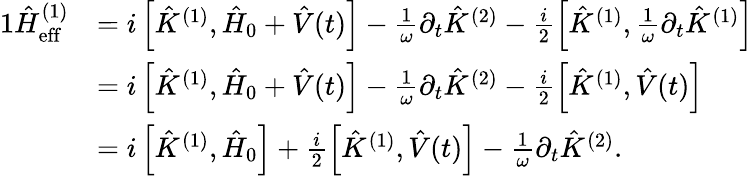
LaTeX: \begin{array}{rl}{{1}\hat{H}_{\mathrm{eff}}^{(1)}}&{=i\left[\hat{K}^{(1)},\hat{H}_{0}+\hat{V}(t)\right]-\frac{1}{\omega}\partial_{t}\hat{K}^{(2)}-\frac{i}{2}\left[\hat{K}^{(1)},\frac{1}{\omega}\partial_{t}\hat{K}^{(1)}\right]}\\ &{=i\left[\hat{K}^{(1)},\hat{H}_{0}+\hat{V}(t)\right]-\frac{1}{\omega}\partial_{t}\hat{K}^{(2)}-\frac{i}{2}\left[\hat{K}^{(1)},\hat{V}(t)\right]}\\ &{=i\left[\hat{K}^{(1)},\hat{H}_{0}\right]+\frac{i}{2}\left[\hat{K}^{(1)},\hat{V}(t)\right]-\frac{1}{\omega}\partial_{t}\hat{K}^{(2)}.}\end{array}